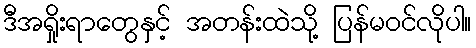
ဒီအရှိုးရာတွေနှင့် အတန်းထဲသို့ ပြန်မဝင်လိုပါ။